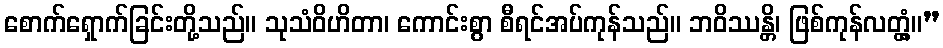
စောက်ရှောက်ခြင်းတို့သည်။ သုသံဝိဟိတာ၊ ကောင်းစွာ စီရင်အပ်ကုန်သည်။ ဘဝိဿန္တိ၊ ဖြစ်ကုန်လတ္တံ့။”